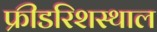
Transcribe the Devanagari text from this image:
फ्रीडरिशस्थाल